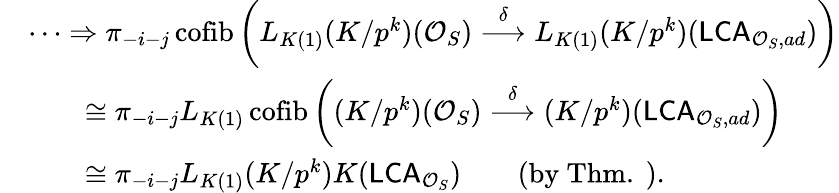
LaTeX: \begin{array}{rl}&{\cdots\Rightarrow\pi_{-i-j}\operatorname*{cofib}\left(L_{K(1)}(K/p^{k})(\mathcal{O}_{S})\overset{\delta}{\longrightarrow}L_{K(1)}(K/p^{k})(\mathsf{LCA}_{\mathcal{O}_{S},ad})\right)}\\ &{\qquad\cong\pi_{-i-j}L_{K(1)}\operatorname*{cofib}\left((K/p^{k})(\mathcal{O}_{S})\overset{\delta}{\longrightarrow}(K/p^{k})(\mathsf{LCA}_{\mathcal{O}_{S},ad})\right)}\\ &{\qquad\cong\pi_{-i-j}L_{K(1)}(K/p^{k})K(\mathsf{LCA}_{\mathcal{O}_{S}})\qquad\mathrm{(by~Thm.~).}}\end{array}